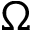
\Omega